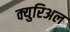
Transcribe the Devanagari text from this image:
क्युरिअल